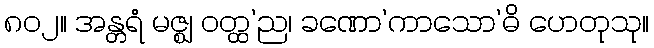
၈၀၂။ အန္တရံ မဇ္ဈ ဝတ္ထ’ည၊ ခဏော’ကာသော’ဓိ ဟေတုသု။